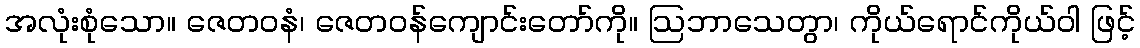
အလုံးစုံသော။ ဇေတဝနံ၊ ဇေတဝန်ကျောင်းတော်ကို။ ဩဘာသေတွာ၊ ကိုယ်ရောင်ကိုယ်ဝါ ဖြင့်